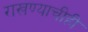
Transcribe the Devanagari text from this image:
राखण्याचीही